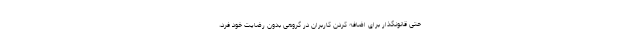
حتی قانونگذار برای اضافه کردن کاربران در گروهی بدون رضایت خود فرد،